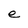
Character: e